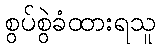
စွပ်စွဲခံထားရသူ